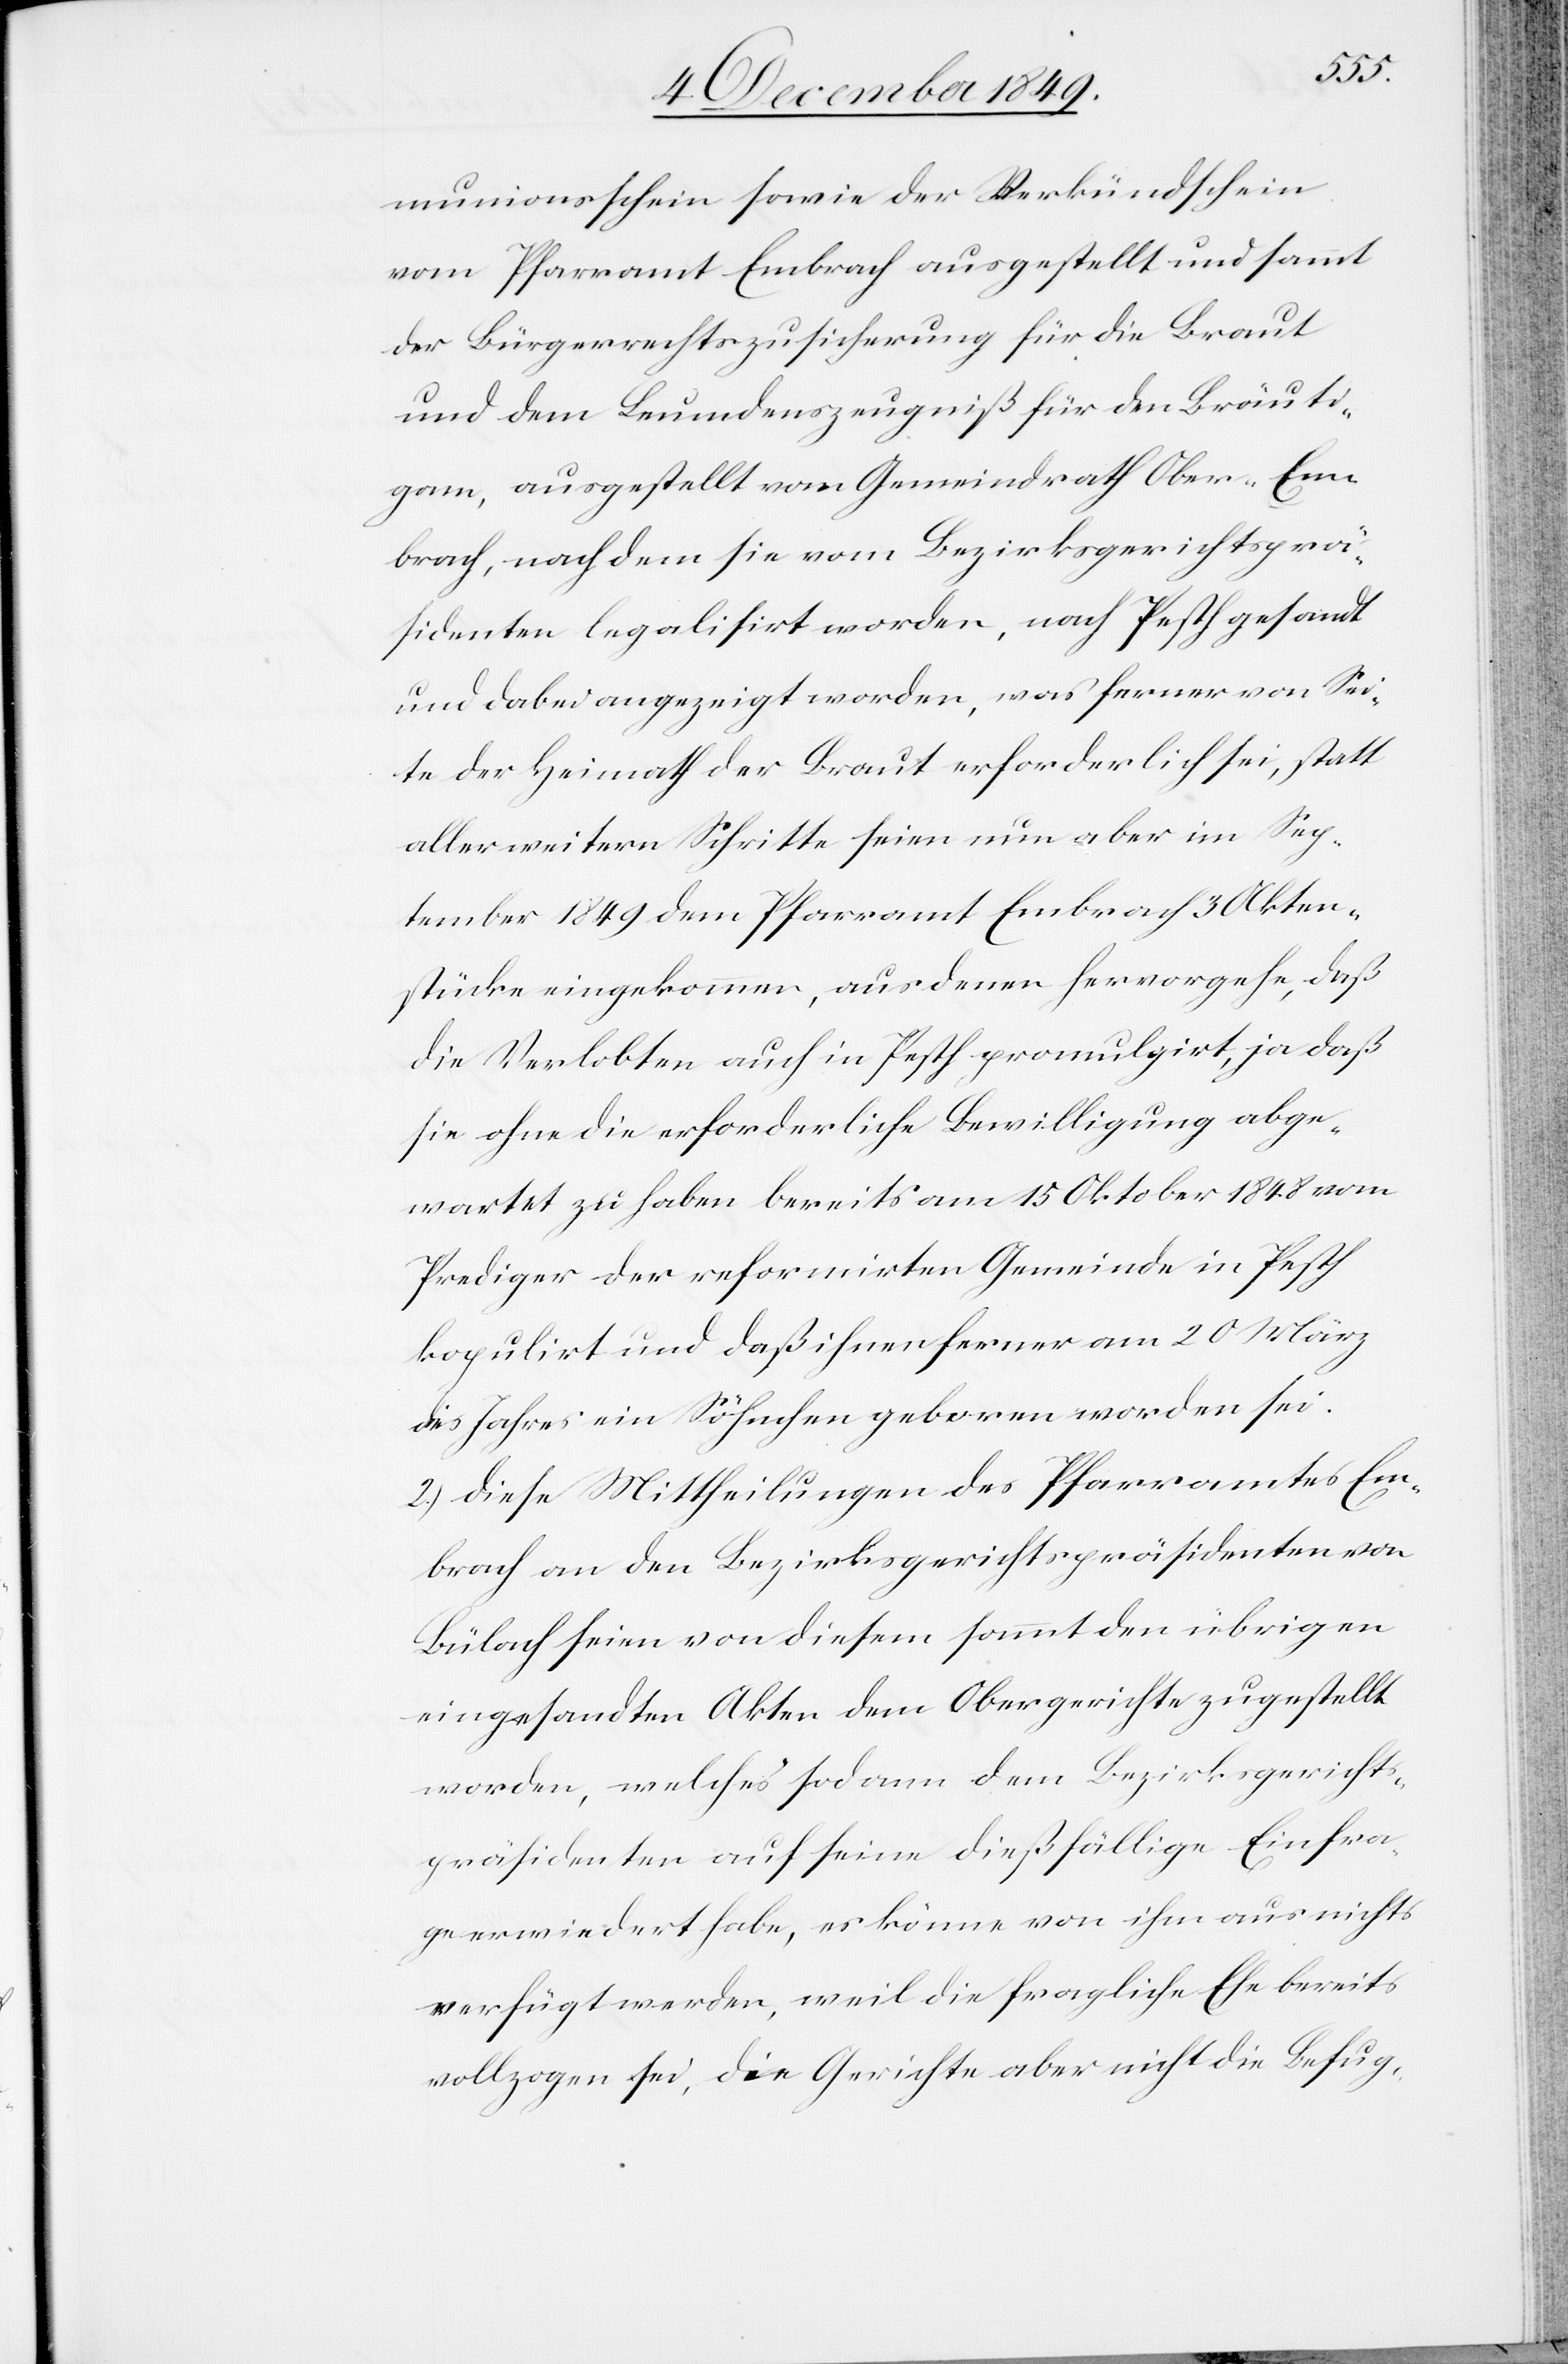
munionsschein sowie der Verkündschein
vom Pfarramt Embrach ausgestellt und sammt
der Bürgerrechtszusicherung für die Braut
und dem Leumdenszeugniß für den Bräuti¬
gam, ausgestellt vom Gemeindrath Ober-Em¬
brach, nach dem sie vom Bezirksgerichtsprä¬
sidenten legalisirt worden, nach Pesth gesandt
und dabei angezeigt worden, was ferner von Sei¬
te der Heimath der Braut erforderlich sei, statt
aller weitern Schritte seien nun aber im Sep¬
tember 1849 dem Pfarramt Embrach 3 Akten¬
stücke eingekommen, aus denen hervorgehe, daß
die Verlobten auch in Pesth promulgirt, ja daß
sie ohne die erforderliche Bewilligung abge¬
wartet zu haben bereits am 15 Oktober 1848 vom
Prediger der refomirten Gemeinde in Pesth
kopulirt und daß ihnen ferner am 20 März
des Jahres ein Söhnchen geboren worden sei.
2.) Diese Mittheilungen des Pfarramtes Em¬
brach an den Bezirksgerichtspräsidenten von
Bülach seien von diesem sammt den übrigen
eingesandten Akten dem Obergerichte zugestellt
worden, welches sodann dem Bezirksgerichts¬
präsidenten auf seine dießfällige Einfra¬
ge erwiedert habe, es könne von ihm aus nichts
verfügt werden, weil die fragliche Ehe bereits
vollzogen sei, die Gerichte aber nicht die Befug-